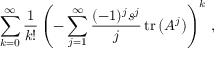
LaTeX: \sum _ { k = 0 } ^ { \infty } { \frac { 1 } { k ! } } \left( - \sum _ { j = 1 } ^ { \infty } { \frac { ( - 1 ) ^ { j } s ^ { j } } { j } } \operatorname { t r } \left( A ^ { j } \right) \right) ^ { k } \, ,